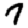
Digit: 7